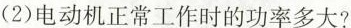
(2)电动机正常工作时的功率多大?